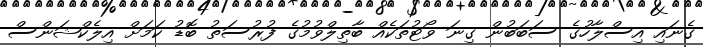
ގެނައި އިސްލާހުގެ ސަބަބުން ގިނަ ވޯޓުތަކެއް ބާތިލްވުމުގެ ފުރުސަތު ބޮޑު ކަމަށް އިލެކްޝަންސް